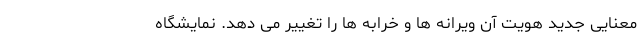
معنایی جدید هویتِ آن ویرانه‌ ها و خرابه‌ ها را تغییر می ‌دهد. نمایشگاه